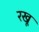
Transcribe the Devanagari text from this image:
रखू